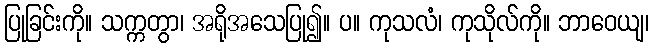
ပြုခြင်းကို။ သက္ကတွာ၊ အရိုအသေပြု၍။ ပ။ ကုသလံ၊ ကုသိုလ်ကို။ ဘာဝေယျ၊